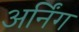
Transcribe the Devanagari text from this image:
अर्निंग